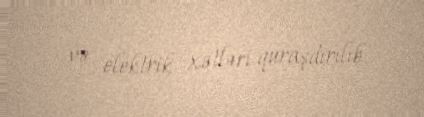
və elektrik xətləri quraşdırılıb.